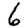
Digit: 6